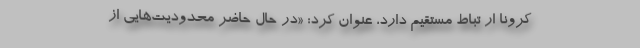
کرونا ار تباط مستقیم دارد، عنوان کرد: «در حال حاضر محدودیت‌هایی از